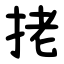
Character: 㧯